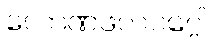
လောဏဖလဝဂ္ဂေါ